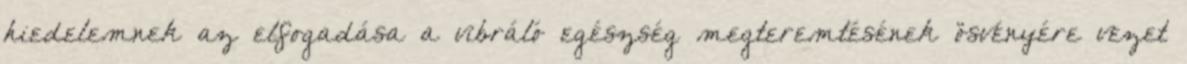
hiedelemnek az elfogadása a vibráló egészség megteremtésének ösvényére vezet